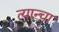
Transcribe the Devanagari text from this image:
त्यान्चा